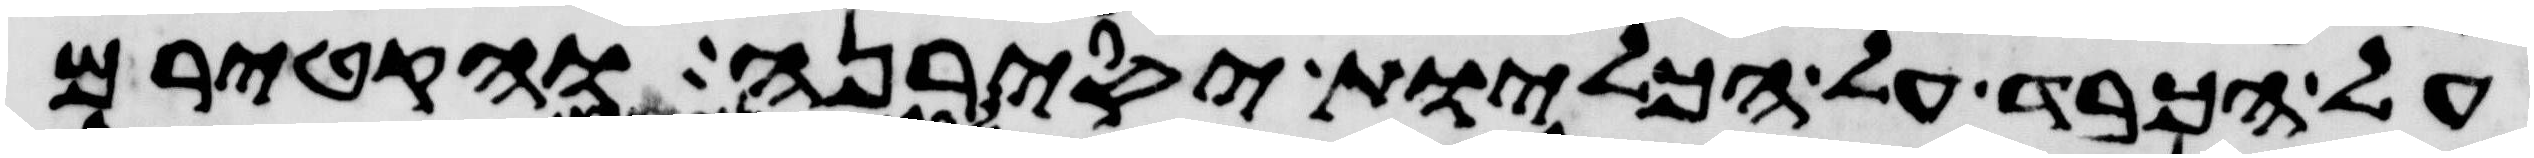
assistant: על הכבד על הכליות יסירנה והקטירם